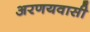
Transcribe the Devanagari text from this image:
अरणयवासी